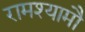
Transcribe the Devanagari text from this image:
रामश्यामौ